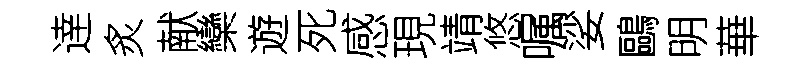
逹炙献欒遊死感現靖悠嘱娑鷗明華